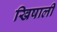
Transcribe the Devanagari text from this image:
खिषाली